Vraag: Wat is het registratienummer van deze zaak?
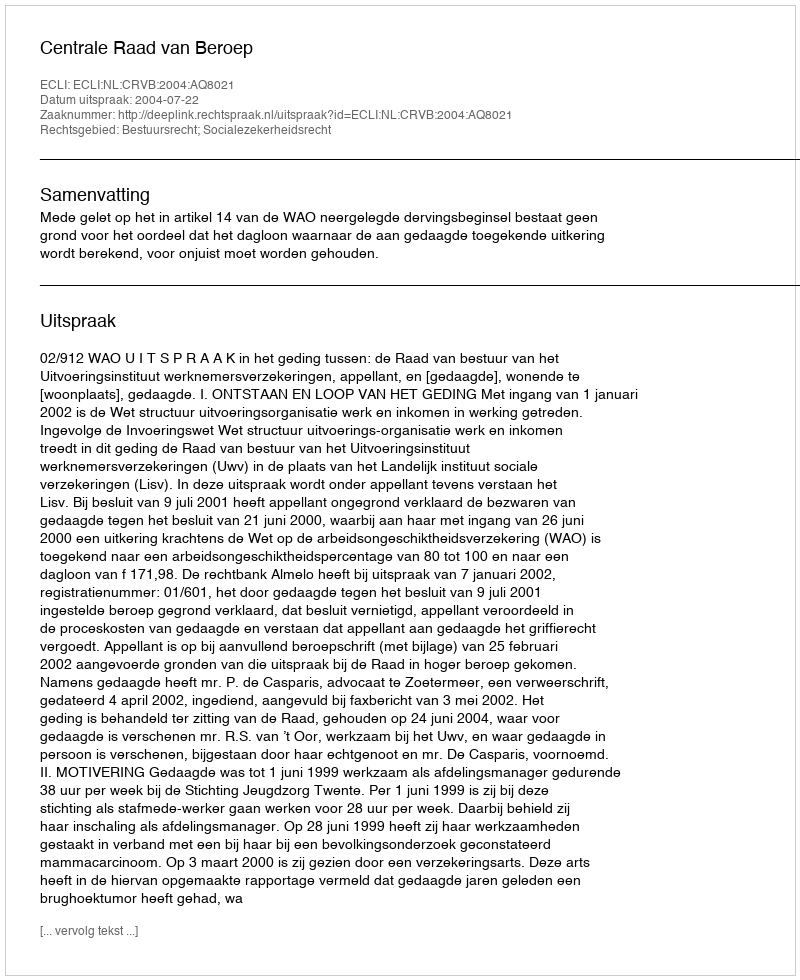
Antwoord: http://deeplink.rechtspraak.nl/uitspraak?id=ECLI:NL:CRVB:2004:AQ8021